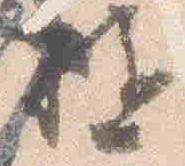
駈